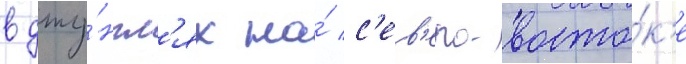
в джу́нгл'ях на́ с'ев'еро-восто́к'е